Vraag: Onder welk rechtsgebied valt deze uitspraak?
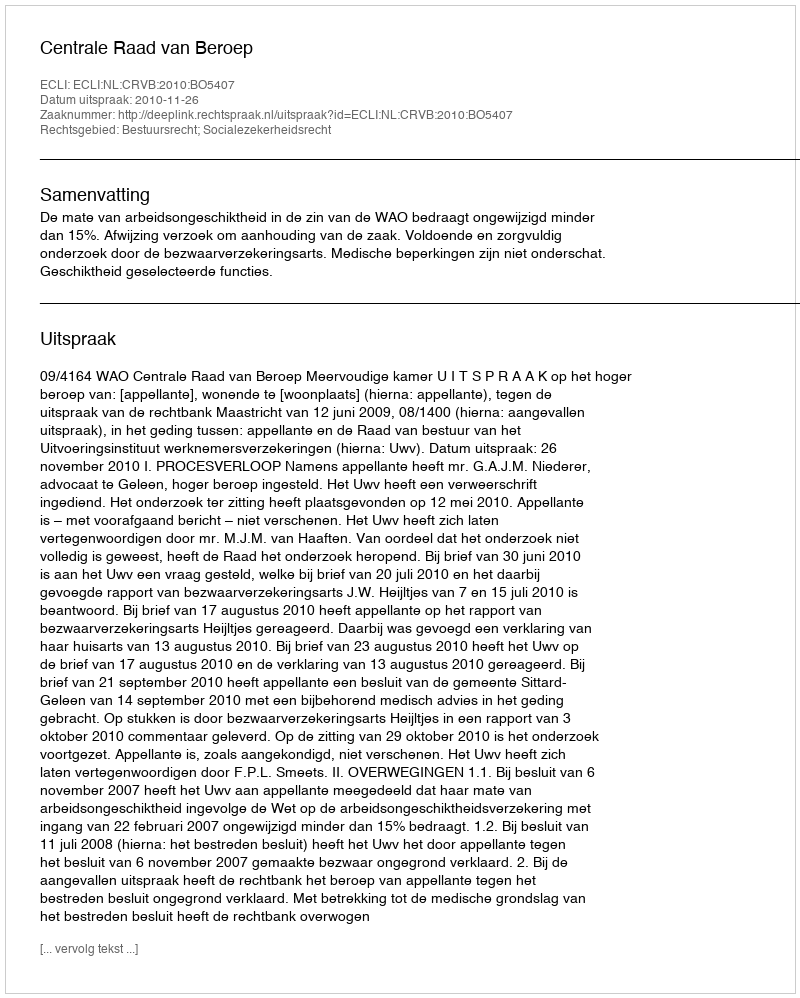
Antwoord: Bestuursrecht; Socialezekerheidsrecht